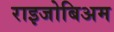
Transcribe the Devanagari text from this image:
राइजोबिअम